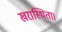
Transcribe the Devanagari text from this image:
खरास्थिता।